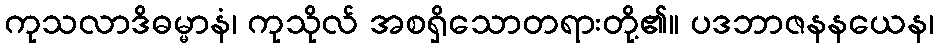
ကုသလာဒိဓမ္မာနံ၊ ကုသိုလ် အစရှိသောတရားတို့၏။ ပဒဘာဇနနယေန၊